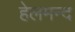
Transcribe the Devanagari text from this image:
हेलमन्द